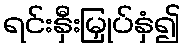
ရင်းနှီးမြှုပ်နှံ၍